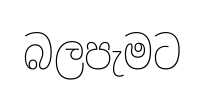
බලපැමට